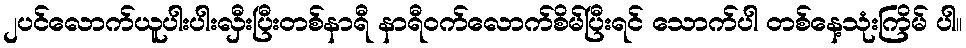
၂ပင်လောက်ယူပါးပါးလှီးပြီးတစ်နာရီ နာရီဝက်လောက်စိမ်ပြီးရင် သောက်ပါ တစ်နေ့သုံးကြိမ် ပါ။